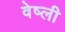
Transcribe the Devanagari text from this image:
वेष्ली